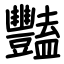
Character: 豔